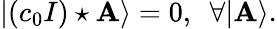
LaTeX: |(c_{0}I)\star\mathbf{A}\rangle=0,\ \ \forall|\mathbf{A}\rangle.